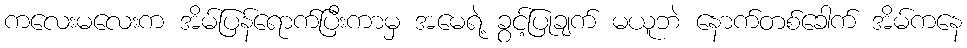
ကလေးမလေးက အိမ်ပြန်ရောက်ပြီးကာမှ အမေရဲ့ ခွင့်ပြုချက် မယူဘဲ နောက်တစ်ခေါက် အိမ်ကနေ